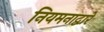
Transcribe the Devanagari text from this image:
नियमनाद्वारे